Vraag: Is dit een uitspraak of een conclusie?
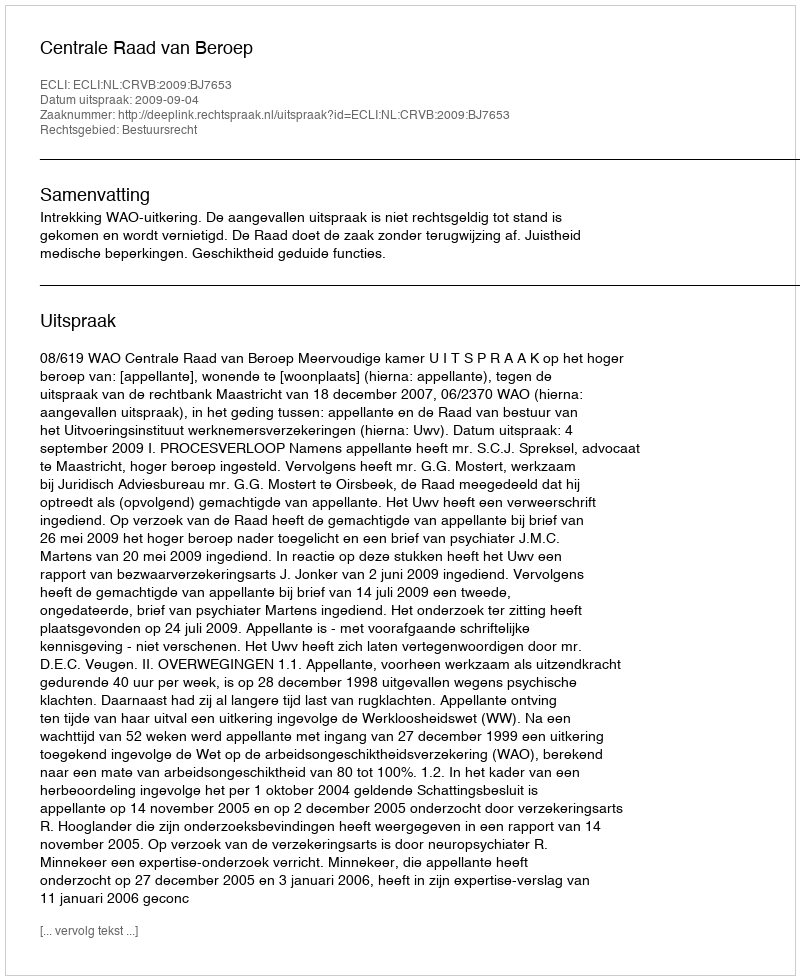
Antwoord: Uitspraak